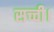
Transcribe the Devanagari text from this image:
सच्ची।